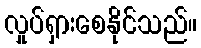
လှုပ်ရှားစေနိုင်သည်။